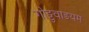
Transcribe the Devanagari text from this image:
गोट्टुवाडयम